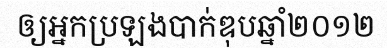
ឲ្យអ្នកប្រឡងបាក់ឌុបឆ្នាំ២០១២